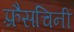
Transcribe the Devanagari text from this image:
फ़्रैसचिनी